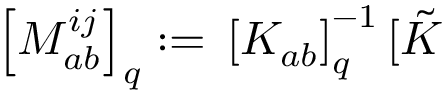
\left[ M _ { a b } ^ { i j } \right] _ { q } : = \, \left[ K _ { a b } \right] _ { q } ^ { - 1 } [ \tilde { K }